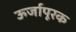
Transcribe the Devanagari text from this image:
ऊर्जापूरक